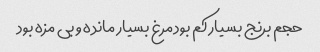
حجم برنج بسیار کم بود مرغ بسیار مانده و بی مزه بود